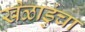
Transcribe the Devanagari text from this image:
खेळाडुंचा